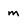
Character: m